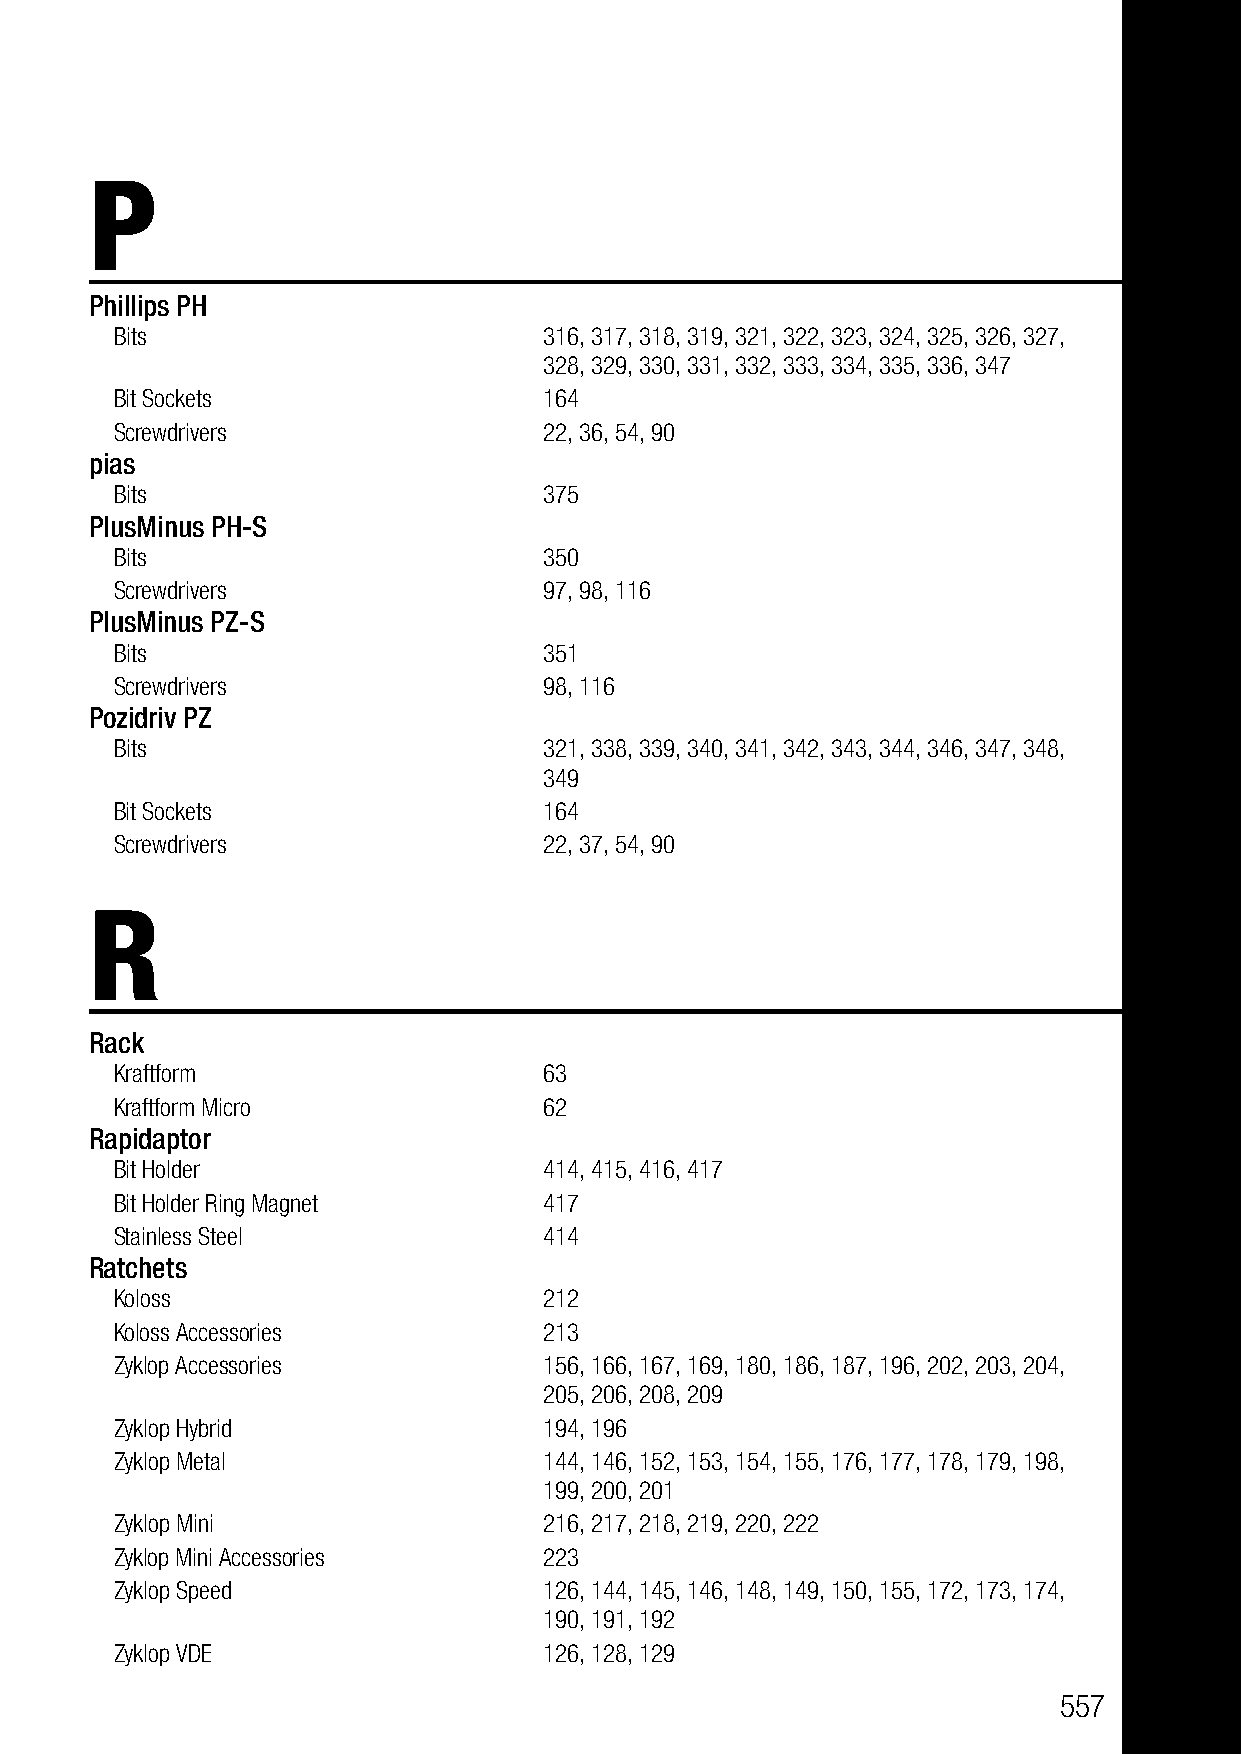
P
 Phillips PH
 Bits                        316, 317, 318, 319, 321, 322, 323, 324, 325, 326, 327,
 328, 329, 330, 331, 332, 333, 334, 335, 336, 347
 Bit Sockets                 164
 Screwdrivers                22, 36, 54, 90
 pias
 Bits                        375
 PlusMinus PH-S
 Bits                        350
 Screwdrivers                97, 98, 116
 PlusMinus PZ-S
 Bits                        351
 Screwdrivers                98, 116
 Pozidriv PZ
 Bits                        321, 338, 339, 340, 341, 342, 343, 344, 346, 347, 348,
 349
 Bit Sockets                 164
 Screwdrivers                22, 37, 54, 90
 R
 Rack
 Kraftform                   63
 Kraftform Micro             62
 Rapidaptor
 Bit Holder                  414, 415, 416, 417
 Bit Holder Ring Magnet      417
 Stainless Steel             414
 Ratchets
 Koloss                      212
 Koloss Accessories          213
 Zyklop Accessories          156, 166, 167, 169, 180, 186, 187, 196, 202, 203, 204,
 205, 206, 208, 209
 Zyklop Hybrid               194, 196
 Zyklop Metal                144, 146, 152, 153, 154, 155, 176, 177, 178, 179, 198,
 199, 200, 201
 Zyklop Mini                 216, 217, 218, 219, 220, 222
 Zyklop Mini Accessories     223
 Zyklop Speed                126, 144, 145, 146, 148, 149, 150, 155, 172, 173, 174,
 190, 191, 192
 Zyklop VDE                  126, 128, 129
 557